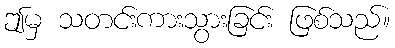
ဤမှ သတင်းကားသွားခြင်း ဖြစ်သည်။